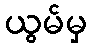
ယွမ်မှ